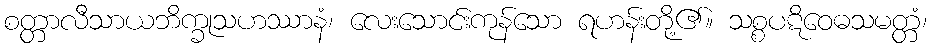
စတ္တာလီသာယဘိက္ခုသဟဿာနံ၊ လေးသောင်းကုန်သော ရဟန်းတို့၏။ သစ္စပဋိဝေဓသမတ္တံ၊